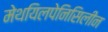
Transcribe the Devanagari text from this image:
मेथयिलपेनिसिलीन